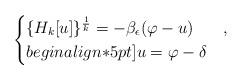
LaTeX: \begin{align*}\begin{cases}\{H_k[u]\}^{\frac{1}{k}}=-\beta_\epsilon(\varphi-u) & , \\begin{align*}5pt] u=\varphi-\delta & \end{cases}\end{align*}